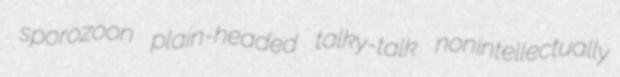
sporozoon plain-headed talky-talk nonintellectually